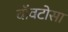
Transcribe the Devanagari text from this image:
वॉवटोसा